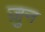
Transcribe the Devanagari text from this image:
ज़ुन